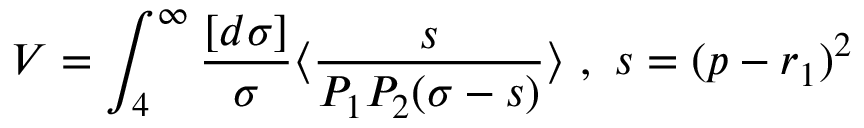
V = \int _ { 4 } ^ { \infty } \frac { [ d \sigma ] } { \sigma } \langle \frac { s } { P _ { 1 } P _ { 2 } ( \sigma - s ) } \rangle ~ , ~ s = ( p - r _ { 1 } ) ^ { 2 }